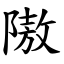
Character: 隞